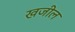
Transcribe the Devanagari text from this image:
खजील